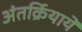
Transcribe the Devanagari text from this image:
अंतर्क्रियायें